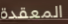
المعقدة